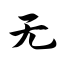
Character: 无